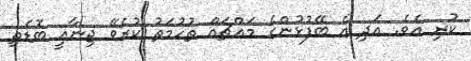
ކުރި އެވެ. އަދި އެ ބޭފުޅުންގެ މައްޗައް ތުހުމަތު ކުރެވޭ ޖިނާއީ ބޮޑެތި